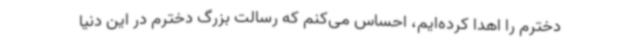
دخترم را اهدا کرده‌ایم، احساس می‌کنم که رسالت بزرگ دخترم در این دنیا